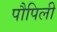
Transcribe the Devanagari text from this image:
पौपिली